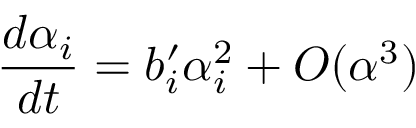
\frac { d \alpha _ { i } } { d t } = b _ { i } ^ { \prime } \alpha _ { i } ^ { 2 } + { \cal O } ( \alpha ^ { 3 } )